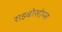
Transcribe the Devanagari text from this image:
राइबोसोम्स